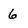
Character: 6